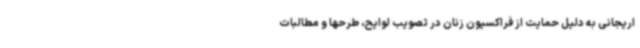
اریجانی به دلیل حمایت از فراکسیون زنان در تصویب لوایح، طرحها و مطالبات